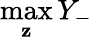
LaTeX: \operatorname*{max}_{\mathbf{z}}Y_{-}